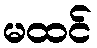
မထင်